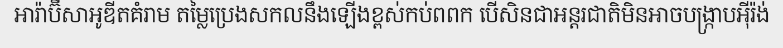
អារ៉ាប៊ីសាអូឌីតគំរាម តម្លៃប្រេងសកលនឹងឡើងខ្ពស់កប់ពពក បើសិនជាអន្តរជាតិមិនអាចបង្ក្រាបអ៊ីរ៉ង់